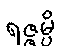
ရဇ္ဇမ္ပိ